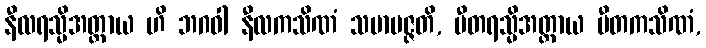
နီလရသ္မိအတ္ထာယ ဟိ ဘဂဝါ နီလကသိဏံ သမာပဇ္ဇတိ, ပီတရသ္မိအတ္ထာယ ပီတကသိဏံ,